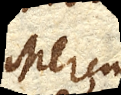
Mercurius